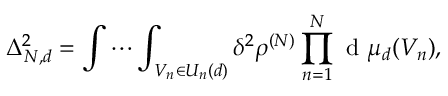
\Delta _ { N , d } ^ { 2 } = \idotsint _ { V _ { n } \in U _ { n } ( d ) } \delta ^ { 2 } \rho ^ { ( N ) } \prod _ { n = 1 } ^ { N } \mathrm { ~ d ~ } \mu _ { d } ( V _ { n } ) ,